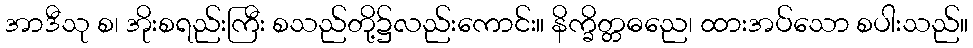
အာဒီသု စ၊ အိုးစရည်းကြီး စသည်တို့၌လည်းကောင်း။ နိက္ခိတ္တဓညေ၊ ထားအပ်သော စပါးသည်။